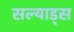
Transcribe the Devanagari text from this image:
सल्याड्स